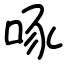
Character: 啄